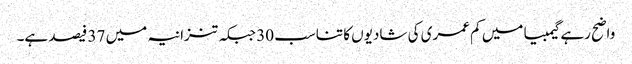
واضح رہے گیمبیا میں کم عمری کی شادیوں کا تناسب 30 جبکہ تنزانیہ میں 37 فیصد ہے۔